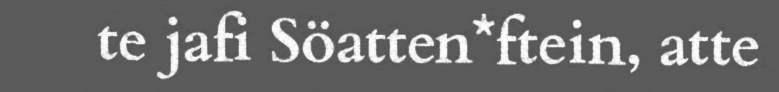
te jafi Söatten*ftein, atte